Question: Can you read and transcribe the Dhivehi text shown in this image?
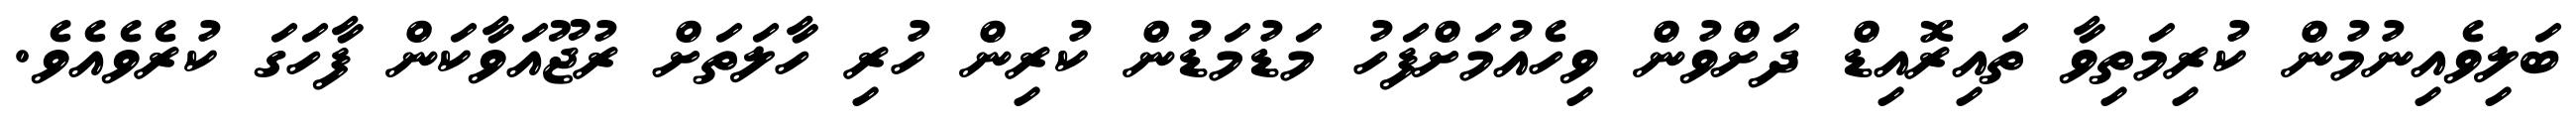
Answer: ބަލިވެއިނުމުން ކުރިމަތިވާ ތައިރޮއިޑް ދަށްވުން ވިހެއުމަށްފަހު މަޑުމަޑުން ކުރިން ހުރި ހާލަތަށް ރުޖޫއަވާކަން ފާހަގަ ކުރެވެއެވެ.